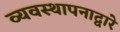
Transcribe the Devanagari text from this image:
व्यवस्थापनाद्वारे